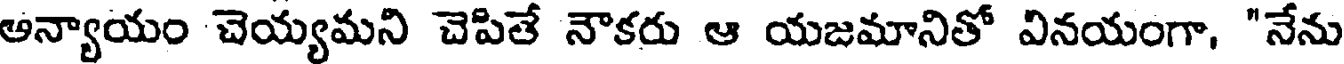
అన్యాయం చెయ్యమని చెపితే నౌకరు ఆ యజమానితో వినయంగా, "నేను